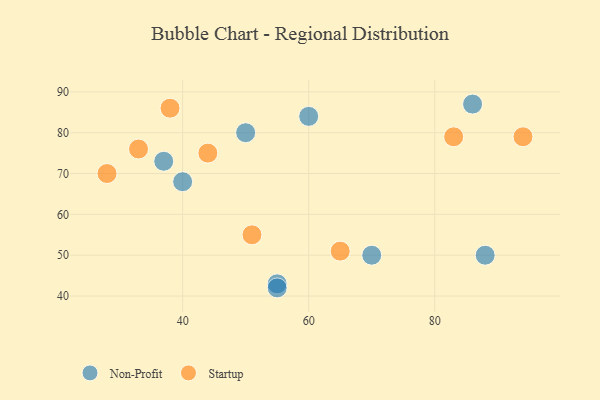
{"axis": {"x": "GDP", "y": "Life Expectancy"}, "legend": ["Non-Profit", "Startup"], "data": [{"x": "37", "y": 73, "type": "Non-Profit"}, {"x": "50", "y": 80, "type": "Non-Profit"}, {"x": "86", "y": 87, "type": "Non-Profit"}, {"x": "88", "y": 50, "type": "Non-Profit"}, {"x": "55", "y": 43, "type": "Non-Profit"}, {"x": "40", "y": 68, "type": "Non-Profit"}, {"x": "70", "y": 50, "type": "Non-Profit"}, {"x": "55", "y": 42, "type": "Non-Profit"}, {"x": "60", "y": 84, "type": "Non-Profit"}, {"x": "33", "y": 76, "type": "Startup"}, {"x": "51", "y": 55, "type": "Startup"}, {"x": "94", "y": 79, "type": "Startup"}, {"x": "83", "y": 79, "type": "Startup"}, {"x": "44", "y": 75, "type": "Startup"}, {"x": "38", "y": 86, "type": "Startup"}, {"x": "28", "y": 70, "type": "Startup"}, {"x": "65", "y": 51, "type": "Startup"}]}